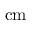
\mathrm { c m }